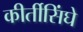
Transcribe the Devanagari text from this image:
कीर्तीसिंघे